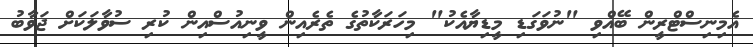
އެމިނިސްޓްރީން ބޭއްވި "ނުވަގަޑި މީޑިޔާއެކު" މިހަރަކާތުގެ ތެރެއިން ވީނިއުސްއިން ކުރި ސުވާލަކަށް ޖަވާބު